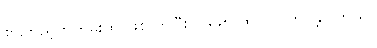
စာကြည့်တိုက်မှူးထိ ဖြစ်လာပြီး ၁၉၉၈ ထိ လုပ်ကိုင်ခဲ့ပါတယ်။